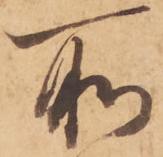
所